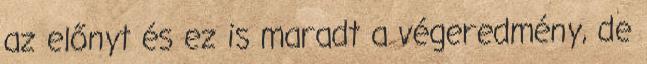
az előnyt és ez is maradt a végeredmény, de